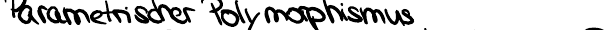
Parametrischer Polymorphismus